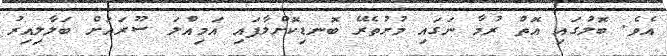
އެވެ. ބޮލުގައި އޮތް ރުމާ ނަގައި މުށުތެރޭ ބޮނޑިކޮށްލާފައި އަމިއްލަ ސޫރައަށް ބަލާލިއިރު